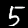
Label: 5